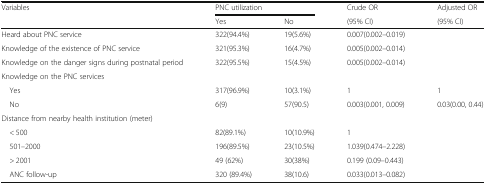
<table><thead><tr><td rowspan="2"><b>Variables</b></td><td colspan="2"><b>PNC utilization</b></td><td><b>Crude OR</b></td><td><b>Adjusted OR</b></td></tr><tr><td><b>Yes</b></td><td><b>No</b></td><td><b>(95% CI)</b></td><td><b>(95% CI)</b></td></tr></thead><tbody><tr><td>Heard about PNC service</td><td>322(94.4%)</td><td>19(5.6%)</td><td>0.007(0.002–0.019)</td><td></td></tr><tr><td>Knowledge of the existence of PNC service</td><td>321(95.3%)</td><td>16(4.7%)</td><td>0.005(0.002–0.014)</td><td></td></tr><tr><td>Knowledge on the danger signs during postnatal period</td><td>322(95.5%)</td><td>15(4.5%)</td><td>0.005(0.002–0.014)</td><td></td></tr><tr><td colspan="5">Knowledge on the PNC services</td></tr><tr><td> Yes</td><td>317(96.9%)</td><td>10(3.1%)</td><td>1</td><td>1</td></tr><tr><td> No</td><td>6(9)</td><td>57(90.5)</td><td>0.003(0.001, 0.009)</td><td>0.03(0.00, 0.44)</td></tr><tr><td colspan="5">Distance from nearby health institution (meter)</td></tr><tr><td> &lt; 500</td><td>82(89.1%)</td><td>10(10.9%)</td><td>1</td><td></td></tr><tr><td> 501–2000</td><td>196(89.5%)</td><td>23(10.5%)</td><td>1.039(0.474–2.228)</td><td></td></tr><tr><td> &gt; 2001</td><td>49 (62%)</td><td>30(38%)</td><td>0.199 (0.09–0.443)</td><td></td></tr><tr><td> ANC follow-up</td><td>320 (89.4%)</td><td>38(10.6)</td><td>0.033(0.013–0.082)</td><td></td></tr></tbody></table>